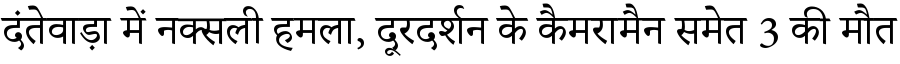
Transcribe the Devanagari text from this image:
दंतेवाड़ा में नक्सली हमला, दूरदर्शन के कैमरामैन समेत 3 की मौत